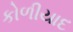
કોળીયાદ